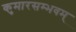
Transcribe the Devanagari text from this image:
कुमारसम्भवम्‌